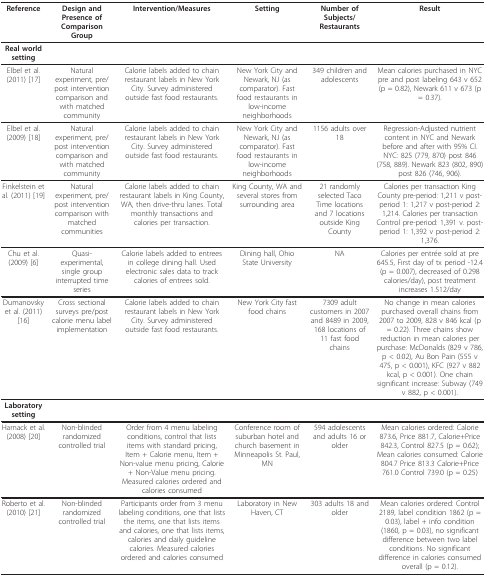
<table><thead><tr><td><b>Reference</b></td><td><b>Design and Presence of Comparison Group</b></td><td><b>Intervention/Measures</b></td><td><b>Setting</b></td><td><b>Number of Subjects/Restaurants</b></td><td><b>Result</b></td></tr></thead><tbody><tr><td><b>Real world setting</b></td><td></td><td></td><td></td><td></td><td></td></tr><tr><td>Elbel et al. (2011) [17]</td><td>Natural experiment, pre/post intervention comparison and with matched community</td><td>Calorie labels added to chain restaurant labels in New York City. Survey administered outside fast food restaurants.</td><td>New York City and Newark, NJ (as comparator). Fast food restaurants in low-income neighborhoods</td><td>349 children and adolescents</td><td>Mean calories purchased in NYC pre and post labeling 643 v 652 (p = 0.82), Newark 611 v 673 (p = 0.37).</td></tr><tr><td>Elbel et al. (2009) [18]</td><td>Natural experiment, pre/post intervention comparison and with matched community</td><td>Calorie labels added to chain restaurant labels in New York City. Survey administered outside fast food restaurants.</td><td>New York City and Newark, NJ (as comparator). Fast food restaurants in low-income neighborhoods</td><td>1156 adults over 18</td><td>Regression-Adjusted nutrient content in NYC and Newark before and after with 95% CI. NYC: 825 (779, 870) post 846 (758, 889). Newark 823 (802, 890) post 826 (746, 906).</td></tr><tr><td>Finkelstein et al. (2011) [19]</td><td>Natural experiment, pre/post intervention comparison with matched communities</td><td>Calorie labels added to chain restaurant labels in King County, WA, then drive-thru lanes. Total monthly transactions and calories per transaction.</td><td>King County, WA and several stores from surrounding area</td><td>21 randomly selected Taco Time locations and 7 locations outside King County</td><td>Calories per transaction King County pre-period: 1,211 v post-period 1: 1,217 v post-period 2: 1,214. Calories per transaction Control pre-period: 1,391 v. post-period 1: 1,392 v post-period 2: 1,376.</td></tr><tr><td>Chu et al. (2009) [6]</td><td>Quasi-experimental, single group interrupted time series</td><td>Calorie labels added to entrees in college dining hall. Used electronic sales data to track calories of entrees sold.</td><td>Dining hall, Ohio State University</td><td>NA</td><td>Calories per entrée sold at pre 645.5, First day of tx period -12.4 (p = 0.007), decreased of 0.298 calories/day), post treatment increases 1.512/day</td></tr><tr><td>Dumanovsky et al. (2011) [16]</td><td>Cross sectional surveys pre/post calorie menu label implementation</td><td>Calorie labels added to chain restaurant labels in New York City. Survey administered outside fast food restaurants.</td><td>New York City fast food chains</td><td>7309 adult customers in 2007 and 8489 in 2009, 168 locations of 11 fast food chains</td><td>No change in mean calories purchased overall chains from 2007 to 2009, 828 v 846 kcal (p = 0.22). Three chains show reduction in mean calories per purchase: McDonalds (829 v 786, p &lt; 0.02), Au Bon Pain (555 v 475, p &lt; 0.001), KFC (927 v 882 kcal, p &lt; 0.001). One chain significant increase: Subway (749 v 882, p &lt; 0.001).</td></tr><tr><td><b>Laboratory setting</b></td><td></td><td></td><td></td><td></td><td></td></tr><tr><td>Harnack et al. (2008) [20]</td><td>Non-blinded randomized controlled trial</td><td>Order from 4 menu labeling conditions, control that lists items with standard pricing, Item + Calorie menu, Item + Non-value menu pricing, Calorie + Non-Value menu pricing. Measured calories ordered and calories consumed</td><td>Conference room of suburban hotel and church basement in Minneapolis St. Paul, MN</td><td>594 adolescents and adults 16 or older</td><td>Mean calories ordered: Calorie 873.6, Price 881.7, Calorie+Price 842.3, Control 827.5 (p = 0.62); Mean calories consumed: Calorie 804.7 Price 813.3 Calorie+Price 761.0 Control 739.0 (p = 0.25)</td></tr><tr><td>Roberto et al. (2010) [21]</td><td>Non-blinded randomized controlled trial</td><td>Participants order from 3 menu labeling conditions, one that lists the items, one that lists items and calories, one that lists items, calories and daily guideline calories. Measured calories ordered and calories consumed</td><td>Laboratory in New Haven, CT</td><td>303 adults 18 and older</td><td>Mean calories ordered: Control 2189, label condition 1862 (p = 0.03), label + info condition (1860, p = 0.03), no significant difference between two label conditions. No significant difference in calories consumed overall (p = 0.12).</td></tr></tbody></table>